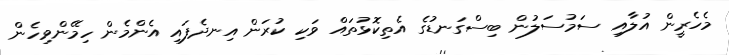
މެހެރީން އުލާއި ސަމުސަލުން ބިސްގަނޑުގެ އެތިކޮޅުތައް ވަކި ކުރަން އިނދެފައި އެންމެން ހިމޭންވިހެން